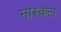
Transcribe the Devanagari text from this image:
मास्कल